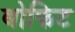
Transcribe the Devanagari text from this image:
बोफिट